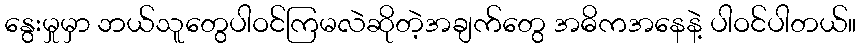
နွေးမှုမှာ ဘယ်သူတွေပါဝင်ကြမလဲဆိုတဲ့အချက်တွေ အဓိကအနေနဲ့ ပါဝင်ပါတယ်။